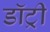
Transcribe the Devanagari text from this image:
डॉट्री